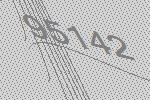
95142